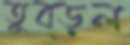
তুব্‌ড়ল